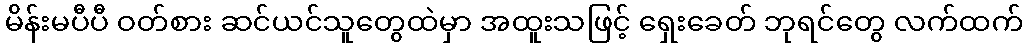
မိန်းမပီပီ ဝတ်စား ဆင်ယင်သူတွေထဲမှာ အထူးသဖြင့် ရှေးခေတ် ဘုရင်တွေ လက်ထက်